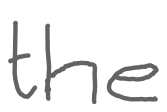
Text: the
Cross-out: clean
Writing tool: digital_gray